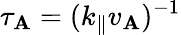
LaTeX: \tau_{\mathbf{A}}=(k_{\parallel}v_{\mathrm{{\mathbf{A}}}})^{-1}